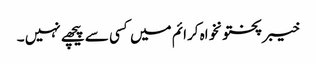
خیبرپختونخواہ کرائم میں کسی سے پیچھے نہیں ۔